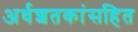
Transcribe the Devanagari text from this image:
अर्धशतकांसहित